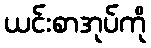
ယင်းစာအုပ်ကို